Civil Veterinary Dept. North-West Frontier Province 1901-22 - 1901-1922
Year: 1901
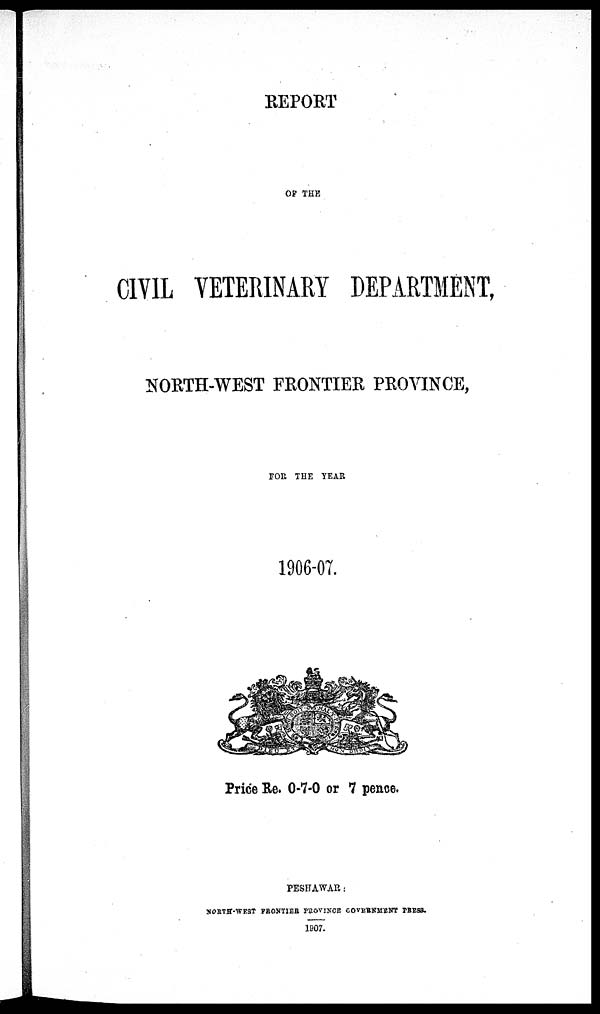
REPORT
OF THE
CIVIL VETERINARY DEPARTMENT,
NORTH-WEST FRONTIER PROVINCE,
FOR THE YEAR
1906-07.
Price Re. 0-7-0 or 7 pence.
PESHAWAR :
NORTH-WEST FRONTIER PROVINCE GOVERNMENT PRESS.
1907.